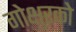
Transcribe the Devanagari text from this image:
गोक्षुरको